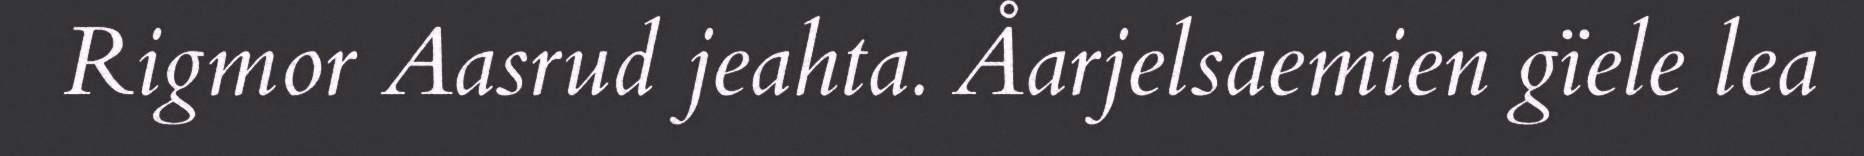
Rigmor Aasrud jeahta. Åarjelsaemien gïele lea